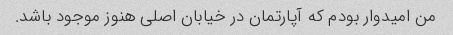
من امیدوار بودم که آپارتمان در خیابان اصلی هنوز موجود باشد.